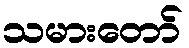
သမားတော်